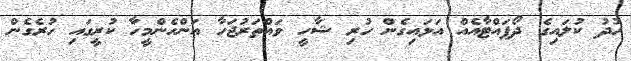
ހުދު ކުލައިގެ ދޯޕައްޓާއެއް އަޅައިގެން ހުރި ޝާހީ ވައްތަރުޖަހާ އަންހެންމީހާ ކުރީގައި ހުރެގެން